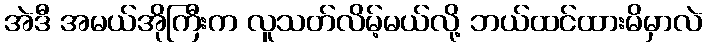
အဲဒီ အမယ်အိုကြီးက လူသတ်လိမ့်မယ်လို့ ဘယ်ထင်ထားမိမှာလဲ